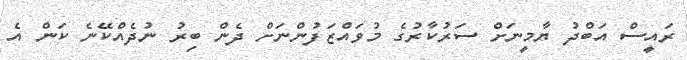
ރައީސް އަބްދު ޔާމީނަށް ސަރުކާރުގެ މުވައްޒަފުންނަށް ދެން ބިރު ނުދެއްކޭނެ ކަން އެ